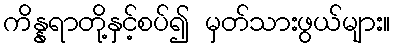
ကိန္နရာတို့နှင့်စပ်၍ မှတ်သားဖွယ်များ။